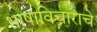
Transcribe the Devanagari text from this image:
भाषाविचाराचे